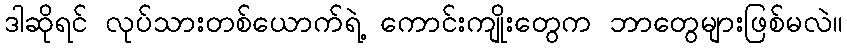
ဒါဆိုရင် လုပ်သားတစ်ယောက်ရဲ့ ကောင်းကျိုးတွေက ဘာတွေများဖြစ်မလဲ။